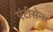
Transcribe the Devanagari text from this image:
एंटीसेन्स